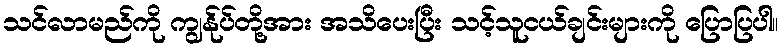
သင်လာမည်ကို ကျွန်ုပ်တို့အား အသိပေးပြီး သင့်သူငယ်ချင်းများကို ပြောပြပါ။